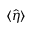
\langle \hat { \eta } \rangle